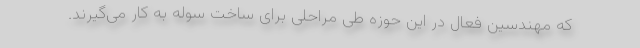
که مهندسین فعال در این حوزه طی مراحلی برای ساخت سوله به کار می‌گیرند.